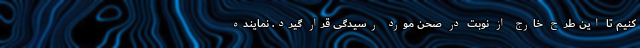
کنیم تا این طرح خارج از نوبت در صحن مورد رسیدگی قرار گیرد. نماینده